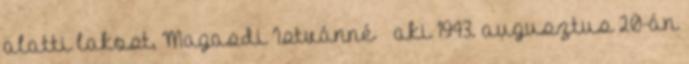
alatti lakost, Magasdi Istvánné – aki 1943. augusztus 20-án